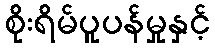
စိုးရိမ်ပူပန်မှုနှင့်